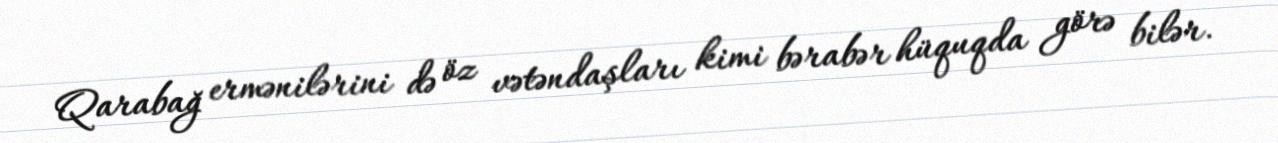
Qarabağ ermənilərini də öz vətəndaşları kimi bərabər hüquqda görə bilər.